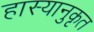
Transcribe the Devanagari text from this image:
हास्यानुकृत